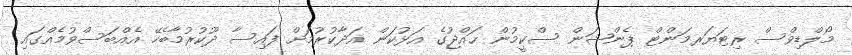
މޯލްޑިވްސް ރިޓަޔަރމަންޓް ޕެންޝަން ސްކީމުން ޙައްޖުގެ އަޅުކަން އަދާކުރުމަށް ފައިސާ ދޫކުރުމާބެހޭ އެއްބަސްވުމެއްގައި